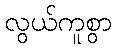
လွယ်ကူစွာ